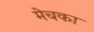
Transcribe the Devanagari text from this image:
मेचका